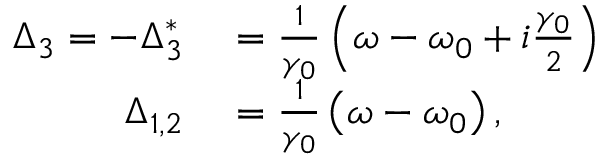
\begin{array} { r l } { \Delta _ { 3 } = - \Delta _ { 3 } ^ { * } } & { { } = \frac { 1 } { \gamma _ { 0 } } \left( \omega - \omega _ { 0 } + i \frac { \gamma _ { 0 } } { 2 } \right) } \\ { \Delta _ { 1 , 2 } } & { { } = \frac { 1 } { \gamma _ { 0 } } \left( \omega - \omega _ { 0 } \right) , } \end{array}